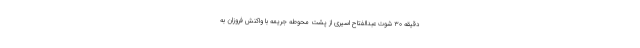
دقیقه ۳۰ شوت عبدالفتاح اسیری از پشت محوطه جریمه با واکنش فروزان به